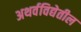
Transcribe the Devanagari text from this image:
अथर्वविद्येतील